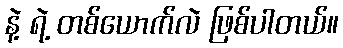
နဲ့ ရဲ့ တစ်ယောက်လဲ ဖြစ်ပါတယ်။